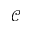
\mathcal { C }